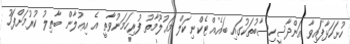
ހުށަހަޅާފައިވާ އަންދާސީހިސާބުތަކުގައި ބައެއް ޓެކްނިކަލް މަޢުލޫމާތު ފުރިހަމަނުވާތީ އެ އިޢުލާން ބާޠިލު ކުރުމަށްފަހު